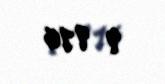
9 916